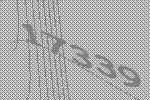
17339